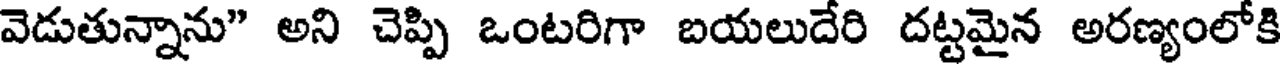
వెడుతున్నాను" అని చెప్పి ఒంటరిగా బయలుదేరి దట్టమైన అరణ్యంలోకి